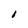
Character: I